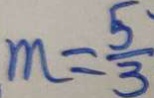
m = \frac { 5 \cdot } { 3 }